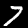
Label: 7